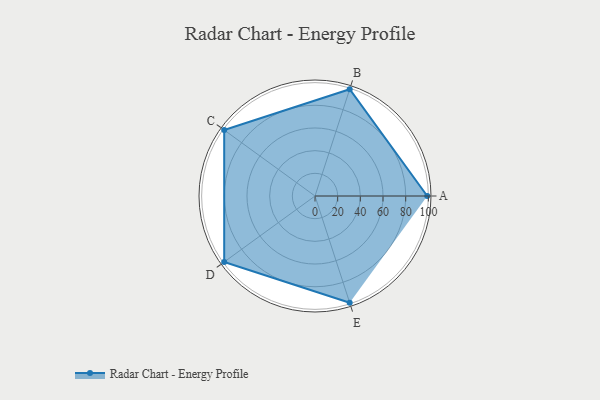
{"axis": {"x": "Skill", "y": "Score"}, "legend": ["Profile"], "data": [{"x": "A", "y": 99, "type": "Profile"}, {"x": "B", "y": 99, "type": "Profile"}, {"x": "C", "y": 99, "type": "Profile"}, {"x": "D", "y": 99, "type": "Profile"}, {"x": "E", "y": 99, "type": "Profile"}]}